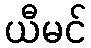
ယီမင်